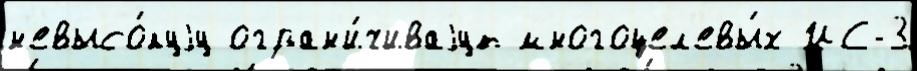
н'евысо́куjу огран'и́чиваjут многоцел'евы́х ИС-3